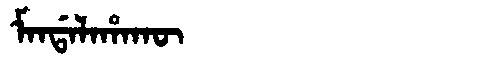
Manchu: ᠮᠠᠨᡩᠠᠯᠠᡥᠠᡴᡡ
Romanization: MANDALAHAKŪ